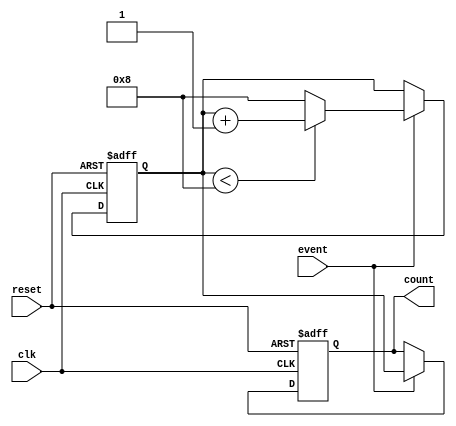
module windowed_counter #(
    parameter WINDOW_SIZE = 8, // Configurable window size
    parameter COUNT_WIDTH = $clog2(WINDOW_SIZE + 1) // Width of the count output
)(
    input wire clk,               // Clock signal
    input wire reset,             // Reset signal (active high)
    input wire event,             // Event signal
    output reg [COUNT_WIDTH-1:0] count // Current count value
);

    // Internal register to track the number of events
    reg [COUNT_WIDTH-1:0] event_count;

    // Event tracking logic
    always @(posedge clk or posedge reset) begin
        if (reset) begin
            // Reset the count to zero
            event_count <= 0;
            count <= 0;
        end else if (event) begin
            // Check if the window is full
            if (event_count < WINDOW_SIZE) begin
                // Increment the count if within window size
                event_count <= event_count + 1;
            end else begin
                // Window is full, discard the oldest event
                // Saturate the count at WINDOW_SIZE
                event_count <= WINDOW_SIZE;
            end
            // Update the count output
            count <= event_count;
        end
    end

endmodule